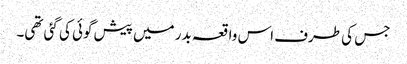
جس کی طرف اس واقعہ بدر میں پیش گوئی کی گئی تھی۔